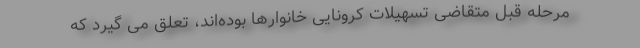
مرحله قبل متقاضی تسهیلات کرونایی خانوارها بوده‌اند، تعلق می گیرد که